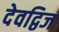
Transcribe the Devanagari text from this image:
देवद्विज